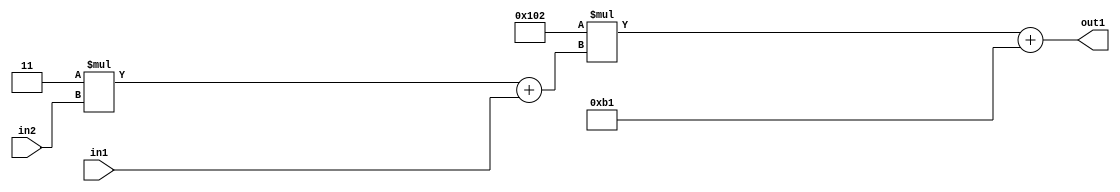
`timescale 1ps / 1ps
/*****************************************************************************
    Verilog RTL Description
    
    
    Created by: Stratus DpOpt 2019.1.01 
*******************************************************************************/

module DC_Filter_Add2i177Mul2i258Add2u1Mul2i3u2_4 (
	in2,
	in1,
	out1
	); /* architecture "behavioural" */ 
input [1:0] in2;
input  in1;
output [11:0] out1;
wire [11:0] asc001;
wire [3:0] asc002;

wire [3:0] asc002_tmp_0;
assign asc002_tmp_0 = 
	+(4'B0011 * in2);
assign asc002 = asc002_tmp_0
	+(in1);

wire [11:0] asc001_tmp_1;
assign asc001_tmp_1 = 
	+(12'B000100000010 * asc002);
assign asc001 = asc001_tmp_1
	+(12'B000010110001);

assign out1 = asc001;
endmodule

/* CADENCE  v7X4Tw0= : u9/ySgnWtBlWxVPRXgAZ4Og= ** DO NOT EDIT THIS LINE ******/